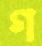
গ